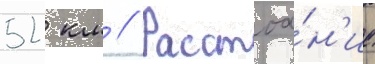
52 км // Расстоа́н'ие